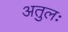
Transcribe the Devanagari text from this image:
अतुलः